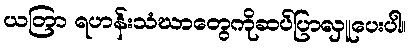
ယတြာ ရဟန်းသံဃာတွေကိုဆပ်ပြာလှူပေးပါ။